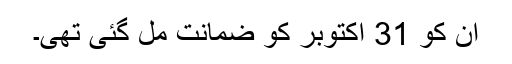
ان کو 31 اکتوبر کو ضمانت مل گئی تھی۔